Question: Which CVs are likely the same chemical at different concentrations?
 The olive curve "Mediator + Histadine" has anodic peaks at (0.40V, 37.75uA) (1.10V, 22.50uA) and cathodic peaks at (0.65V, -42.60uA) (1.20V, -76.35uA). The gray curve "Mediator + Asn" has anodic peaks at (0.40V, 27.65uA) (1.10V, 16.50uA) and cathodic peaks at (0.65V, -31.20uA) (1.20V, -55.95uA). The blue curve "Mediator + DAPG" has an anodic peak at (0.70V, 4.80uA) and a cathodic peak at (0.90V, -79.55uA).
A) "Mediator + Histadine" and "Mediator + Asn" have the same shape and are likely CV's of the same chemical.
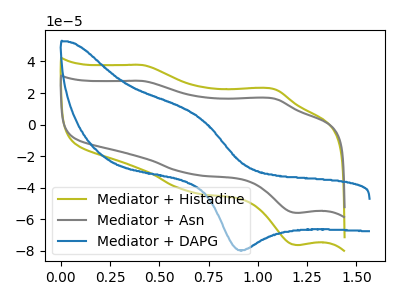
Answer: <think>All the peaks in "Mediator + Histadine" have a peak in "Mediator + Asn" at the same potential. Every peak in "Mediator + Histadine" is higher than every peak in "Mediator + Asn". "Mediator + Histadine" and "Mediator + DAPG" have a different number of peaks. "Mediator + Asn" and "Mediator + DAPG" have a different number of peaks.
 </think>
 <answer>A) "Mediator + Histadine" and "Mediator + Asn" have the same shape and are likely CV's of the same chemical.</answer>
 <eval>A</eval>